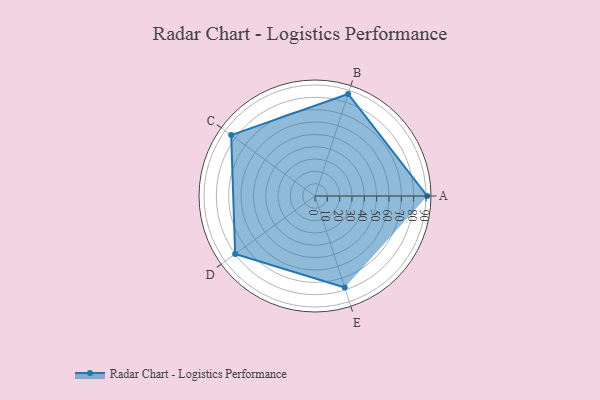
{"axis": {"x": "Skill", "y": "Score"}, "legend": ["Profile"], "data": [{"x": "A", "y": 91.0, "type": "Profile"}, {"x": "B", "y": 87.0, "type": "Profile"}, {"x": "C", "y": 84.0, "type": "Profile"}, {"x": "D", "y": 80.0, "type": "Profile"}, {"x": "E", "y": 78.0, "type": "Profile"}]}